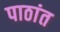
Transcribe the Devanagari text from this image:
पाठांत